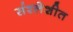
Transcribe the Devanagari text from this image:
संश्लेशीत